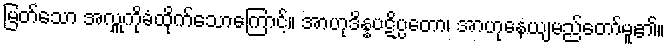
မြတ်သော အလှူကိုခံထိုက်သောကြောင့်။ အာဟုဒိန္နပဋိပ္ပတော၊ အာဟုနေယျမည်တော်မူ၏။